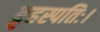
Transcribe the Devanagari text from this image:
ब्रृहस्पतिः।